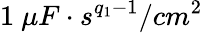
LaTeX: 1\ \mu F\cdot s^{q_{1}-1}/cm^{2}